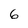
Character: 6